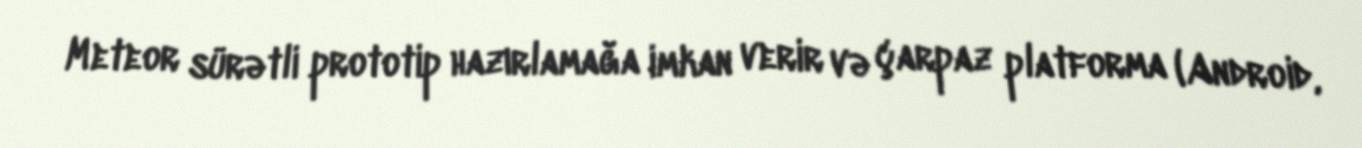
Meteor sürətli prototip hazırlamağa imkan verir və çarpaz platforma (Android,